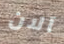
آلان